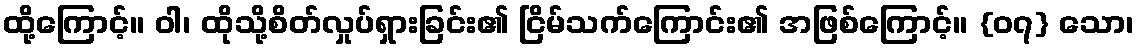
ထို့ကြောင့်။ ဝါ၊ ထိုသို့စိတ်လှုပ်ရှားခြင်း၏ ငြိမ်သက်ကြောင်း၏ အဖြစ်ကြောင့်။ {၀၇} သော၊